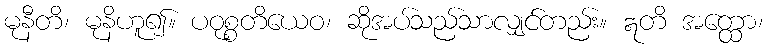
မုနီတိ၊ မုနိဟူ၍။ ပဝုစ္စတိယေဝ၊ ဆိုအပ်သည်သာလျှင်တည်း။ ဣတိ အတ္ထော၊